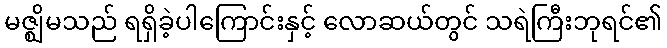
မဇ္ဈိမသည် ရရှိခဲ့ပါကြောင်းနှင့် လောဆယ်တွင် သရဲကြီးဘုရင်၏